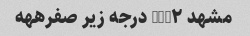
مشهد NUM۲ درجه زیر صفرههه